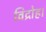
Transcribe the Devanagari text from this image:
विद्रोह।